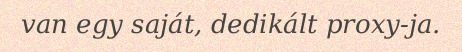
van egy saját, dedikált proxy-ja.